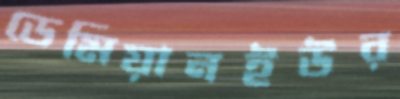
ডেমিয়ানইউর